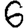
Digit: 6